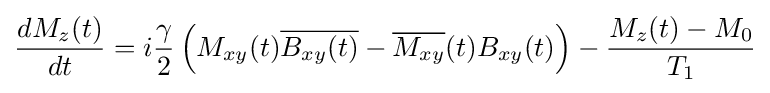
{\frac {dM_{z}(t)}{dt}}=i{\frac {\gamma }{2}}\left(M_{xy}(t){\overline {B_{xy}(t)}}-{\overline {M_{xy}}}(t)B_{xy}(t)\right)-{\frac {M_{z}(t)-M_{0}}{T_{1}}}